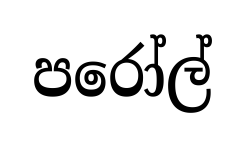
පරෝල්